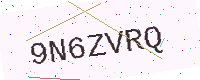
Text: 9N6ZVRQ